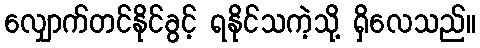
လျှောက်တင်နိုင်ခွင့် ရနိုင်သကဲ့သို့ ရှိလေသည်။